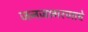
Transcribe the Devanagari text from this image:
जनजागरणाचे